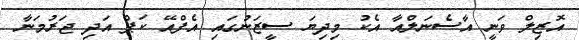
އޮޒިލް ވަނީ އާސެނަލްއާ އެކު މިދިޔަ ސީޒަނުގައި އެފްއޭ ކަޕް އަދި ޖަރުމަނާ